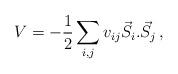
LaTeX: \begin{align*}V=-\frac{1}{2}\sum_{i,j}v_{ij}\vec{S}_{i}.\vec{S}_{j}\, ,\end{align*}